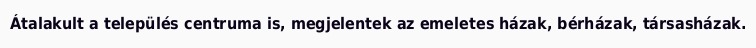
Átalakult a település centruma is, megjelentek az emeletes házak, bérházak, társasházak.